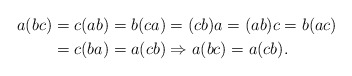
\begin{align*}a(bc) & =c(ab)=b(ca)=(cb)a=(ab)c=b(ac)\\ & =c(ba)=a(cb)\Rightarrow a(bc)=a(cb).\end{align*}